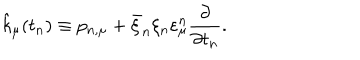
\hat { k } _ { \mu } ( t _ { n } ) \equiv p _ { n , \mu } + \bar { \xi } _ { n } \xi _ { n } \varepsilon _ { \mu } ^ { n } \frac { \partial } { { \partial t _ { n } } } .